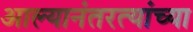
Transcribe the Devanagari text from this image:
आल्यानंतरत्यांच्या